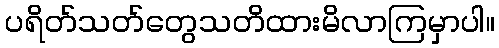
ပရိတ်သတ်တွေသတိထားမိလာကြမှာပါ။